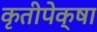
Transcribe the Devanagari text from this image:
कृतीपेक्षा